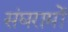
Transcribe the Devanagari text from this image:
संघरामों